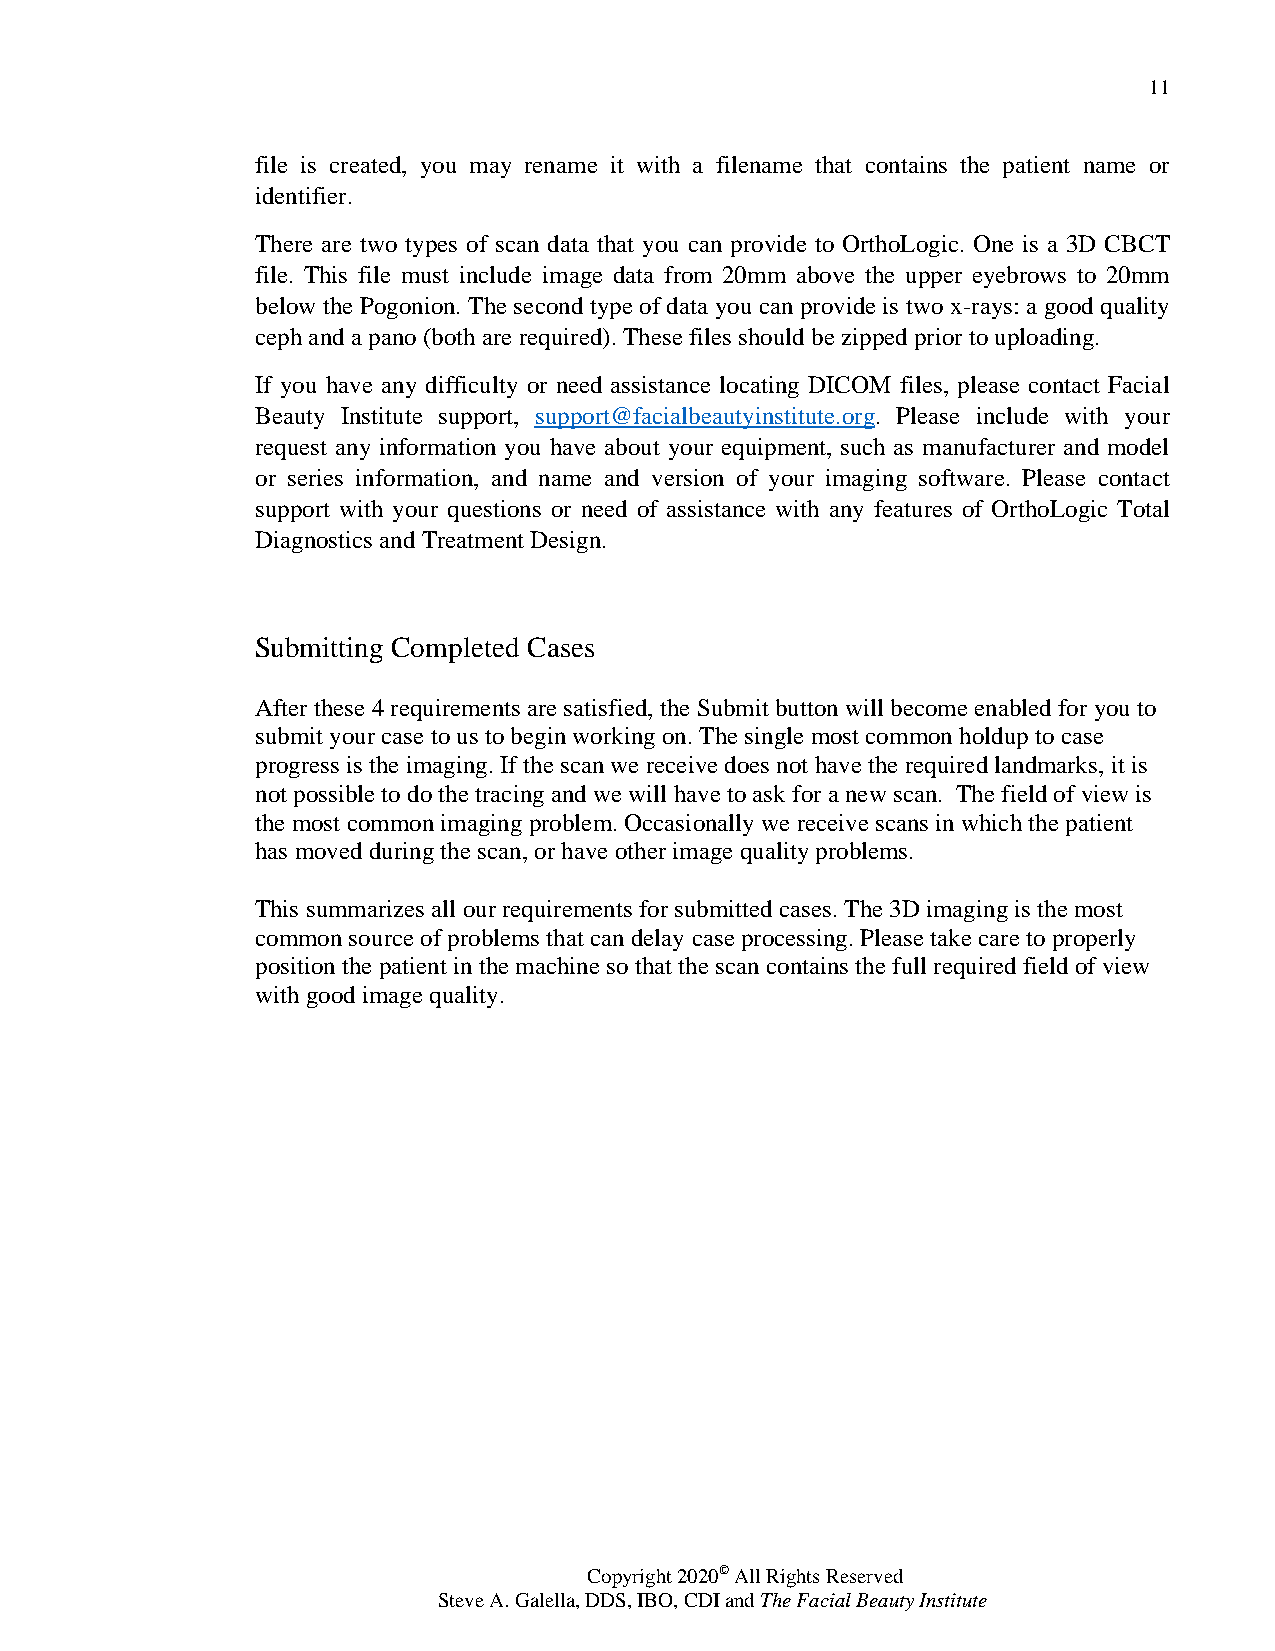
11
 file is created, you may rename it with a filename that contains the patient name or
 identifier.
 There are two types of scan data that you can provide to OrthoLogic. One is a 3D CBCT
 file. This file must include image data from 20mm above the upper eyebrows to 20mm
 below the Pogonion. The second type of data you can provide is two x-rays: a good quality
 ceph and a pano (both are required). These files should be zipped prior to uploading.
 If you have any difficulty or need assistance locating DICOM files, please contact Facial
 Beauty Institute support, support@facialbeautyinstitute.org. Please include with your
 request any information you have about your equipment, such as manufacturer and model
 or series information, and name and version of your imaging software. Please contact
 support with your questions or need of assistance with any features of OrthoLogic Total
 Diagnostics and Treatment Design.
 Submitting Completed Cases
 After these 4 requirements are satisfied, the Submit button will become enabled for you to
 submit your case to us to begin working on. The single most common holdup to case
 progress is the imaging. If the scan we receive does not have the required landmarks, it is
 not possible to do the tracing and we will have to ask for a new scan. The field of view is
 the most common imaging problem. Occasionally we receive scans in which the patient
 has moved during the scan, or have other image quality problems.
 This summarizes all our requirements for submitted cases. The 3D imaging is the most
 common source of problems that can delay case processing. Please take care to properly
 position the patient in the machine so that the scan contains the full required field of view
 with good image quality.
 Copyright 2020© All Rights Reserved
 Steve A. Galella, DDS, IBO, CDI and The Facial Beauty Institute